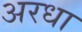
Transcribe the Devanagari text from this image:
अरधा